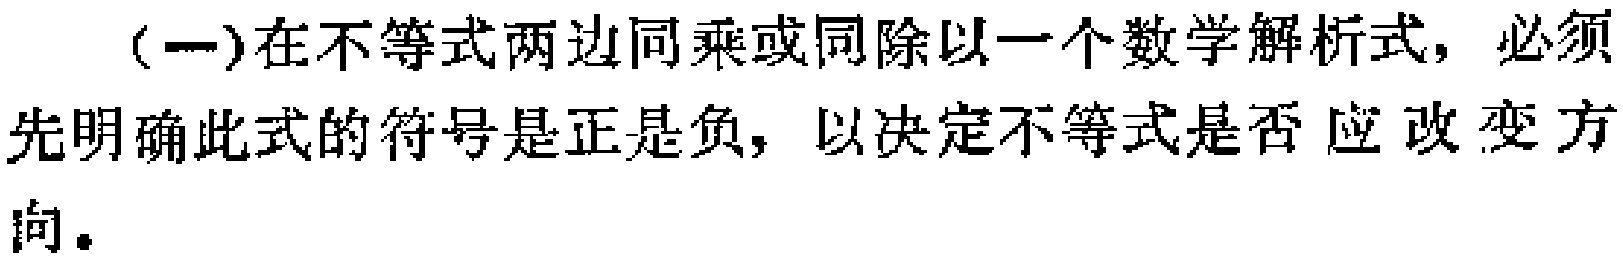
（一）在不等式两边同乘或同除以一个数学解析式，必须先明确此式的符号是正是负，以决定不等式是否应改变方向。